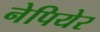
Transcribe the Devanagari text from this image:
नेपियेर